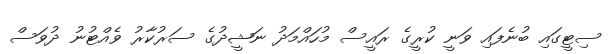
ސިޓީގައި ބުނެފައި ވަނީ ކުރީގެ ރައީސް މުހައްމަދު ނަޝީދުގެ ސަރުކާރު ވެއްޓުނު ދުވަސް